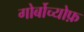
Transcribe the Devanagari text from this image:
गोर्बोच्योफ़